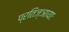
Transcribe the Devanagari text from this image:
प्रतिज्ञायाः